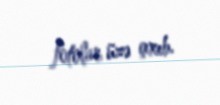
fotolar üzə çıxıb.